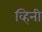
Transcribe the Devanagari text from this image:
व्हिनी